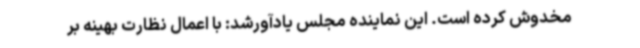
مخدوش کرده است. این نماینده مجلس یادآورشد: با اعمال نظارت بهینه بر